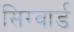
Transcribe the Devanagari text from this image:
सिग्वार्ड